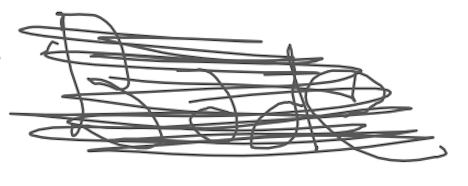
Text: Bade
Cross-out: scratch
Writing tool: digital_gray